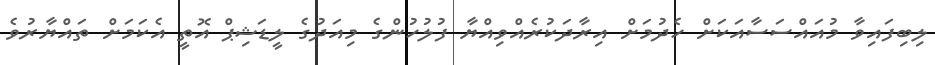
ލިބިފައިވާ މުއައްސަސާއަކަށް ހެދުމަށް އިރާދަކުރެއްވިއްޔާ ފުލުހުންގެ މިއަދުގެ ލީޑަޝިޕް އޮތީ އެކަމަށް ތައްޔާރުވެ